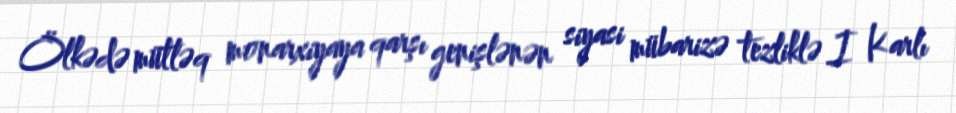
Ölkədə mütləq monarxiyaya qarşı genişlənən siyasi mübarizə tezliklə I Karlı